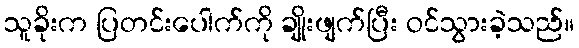
သူခိုးက ပြတင်းပေါက်ကို ချိုးဖျက်ပြီး ဝင်သွားခဲ့သည်။